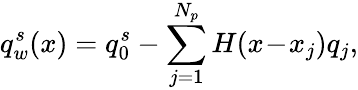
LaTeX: q_{w}^{s}(x)=q_{0}^{s}-\sum_{j=1}^{N_{p}}H(x\! -\! x_{j})q_{j},